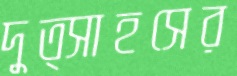
দুত্সাহসের